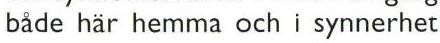
både här hemma och i synnerhet